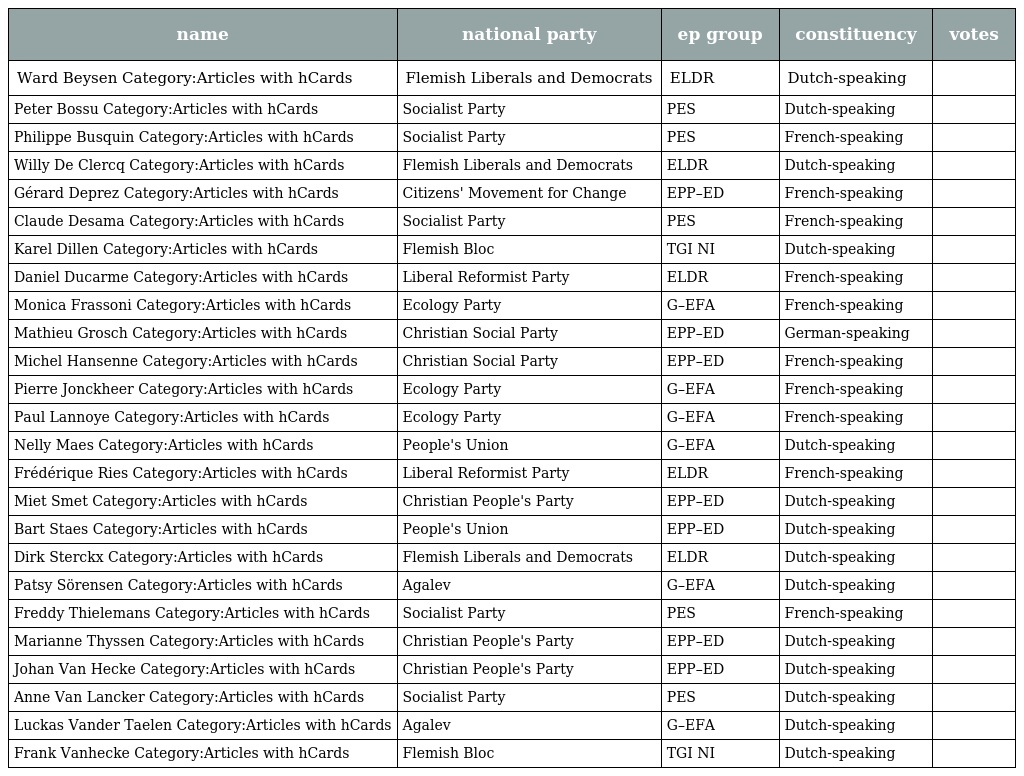
| name | national party | ep group | constituency | votes |
 | --- | --- | --- | --- | --- |
 | Ward Beysen Category:Articles with hCards | Flemish Liberals and Democrats | ELDR | Dutch-speaking |  |
 | Peter Bossu Category:Articles with hCards | Socialist Party | PES | Dutch-speaking |  |
 | Philippe Busquin Category:Articles with hCards | Socialist Party | PES | French-speaking |  |
 | Willy De Clercq Category:Articles with hCards | Flemish Liberals and Democrats | ELDR | Dutch-speaking |  |
 | Gérard Deprez Category:Articles with hCards | Citizens' Movement for Change | EPP–ED | French-speaking |  |
 | Claude Desama Category:Articles with hCards | Socialist Party | PES | French-speaking |  |
 | Karel Dillen Category:Articles with hCards | Flemish Bloc | TGI NI | Dutch-speaking |  |
 | Daniel Ducarme Category:Articles with hCards | Liberal Reformist Party | ELDR | French-speaking |  |
 | Monica Frassoni Category:Articles with hCards | Ecology Party | G–EFA | French-speaking |  |
 | Mathieu Grosch Category:Articles with hCards | Christian Social Party | EPP–ED | German-speaking |  |
 | Michel Hansenne Category:Articles with hCards | Christian Social Party | EPP–ED | French-speaking |  |
 | Pierre Jonckheer Category:Articles with hCards | Ecology Party | G–EFA | French-speaking |  |
 | Paul Lannoye Category:Articles with hCards | Ecology Party | G–EFA | French-speaking |  |
 | Nelly Maes Category:Articles with hCards | People's Union | G–EFA | Dutch-speaking |  |
 | Frédérique Ries Category:Articles with hCards | Liberal Reformist Party | ELDR | French-speaking |  |
 | Miet Smet Category:Articles with hCards | Christian People's Party | EPP–ED | Dutch-speaking |  |
 | Bart Staes Category:Articles with hCards | People's Union | EPP–ED | Dutch-speaking |  |
 | Dirk Sterckx Category:Articles with hCards | Flemish Liberals and Democrats | ELDR | Dutch-speaking |  |
 | Patsy Sörensen Category:Articles with hCards | Agalev | G–EFA | Dutch-speaking |  |
 | Freddy Thielemans Category:Articles with hCards | Socialist Party | PES | French-speaking |  |
 | Marianne Thyssen Category:Articles with hCards | Christian People's Party | EPP–ED | Dutch-speaking |  |
 | Johan Van Hecke Category:Articles with hCards | Christian People's Party | EPP–ED | Dutch-speaking |  |
 | Anne Van Lancker Category:Articles with hCards | Socialist Party | PES | Dutch-speaking |  |
 | Luckas Vander Taelen Category:Articles with hCards | Agalev | G–EFA | Dutch-speaking |  |
 | Frank Vanhecke Category:Articles with hCards | Flemish Bloc | TGI NI | Dutch-speaking |  |